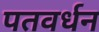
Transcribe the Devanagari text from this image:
पतवर्धन